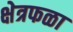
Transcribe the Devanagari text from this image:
क्षेत्रफळा